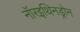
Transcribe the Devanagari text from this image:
नॉरइथिनड्रोन